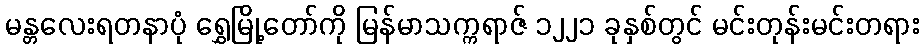
မန္တလေးရတနာပုံ ရွှေမြို့တော်ကို မြန်မာသက္ကရာဇ် ၁၂၂၁ ခုနှစ်တွင် မင်းတုန်းမင်းတရား